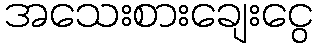
အသေးစားချေးငွေ